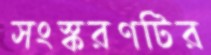
সংস্করণটির